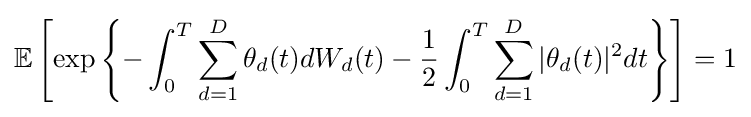
\mathbb {E} \left[\exp \left\{-\int _{0}^{T}\sum _{d=1}^{D}\theta _{d}(t)dW_{d}(t)-{\frac {1}{2}}\int _{0}^{T}\sum _{d=1}^{D}|\theta _{d}(t)|^{2}dt\right\}\right]=1